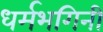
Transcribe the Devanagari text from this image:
धर्मभगिनी